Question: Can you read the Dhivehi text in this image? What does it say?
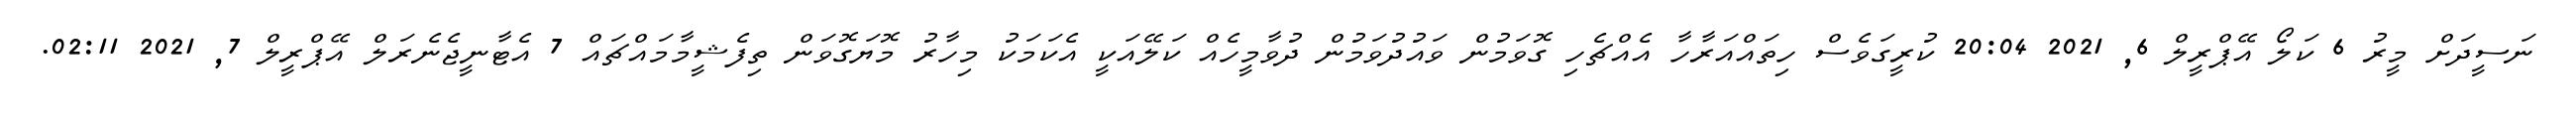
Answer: ނަސީދަށް މީރު 6 ކަލޯ އޭޕްރީލް 6, 2021 20:04 ކުރީގަވެސް ހިތައްއަރާހާ އެއްޗެހި ގޮވަމުން ވައުދުވަމުން ދުވާމީހެއް ކަލޭއަކީ އެކަމަކު މިހާރު މޮޔަގޮވަން ތިފެޝީމާމައްޗައް 7 އެޓާނީޖެނެރަލް އޭޕްރީލް 7, 2021 02:11.